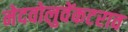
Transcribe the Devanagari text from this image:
नेदवोलुवेंकटराव